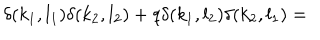
LaTeX: \delta ( k _ { 1 } , l _ { 1 } ) \delta ( k _ { 2 } , l _ { 2 } ) + q \delta ( k _ { 1 } , l _ { 2 } ) \delta ( k _ { 2 } , l _ { 1 } ) =